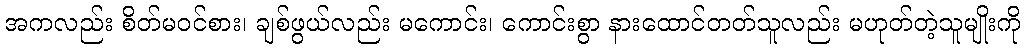
အကလည်း စိတ်မဝင်စား၊ ချစ်ဖွယ်လည်း မကောင်း၊ ကောင်းစွာ နားထောင်တတ်သူလည်း မဟုတ်တဲ့သူမျိုးကို